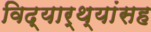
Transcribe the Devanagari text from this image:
विद्यार्थ्यांसह